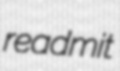
readmit